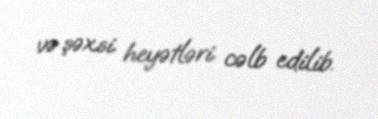
və şəxsi heyətləri cəlb edilib.